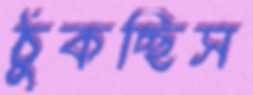
ঠুকচ্ছিস